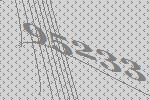
95233